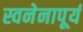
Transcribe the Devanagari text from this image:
स्वनेनापूर्य